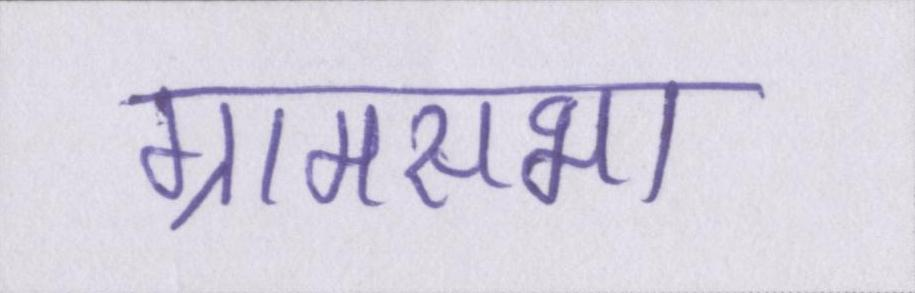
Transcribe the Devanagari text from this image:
ग्रामसभा